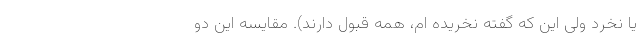
یا نخرد ولی این که گفته نخریده ام، همه قبول دارند). مقایسه این دو